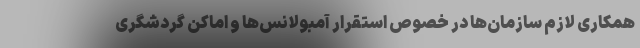
همکاری لازم سازمان‌ها در خصوص استقرار آمبولانس‌ها و اماکن گردشگری